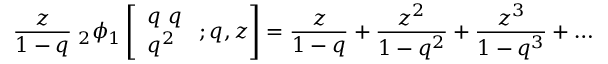
{ \frac { z } { 1 - q } } \; _ { 2 } \phi _ { 1 } \left[ { \begin{array} { l } { q \; q } \\ { q ^ { 2 } } \end{array} } \; ; q , z \right] = { \frac { z } { 1 - q } } + { \frac { z ^ { 2 } } { 1 - q ^ { 2 } } } + { \frac { z ^ { 3 } } { 1 - q ^ { 3 } } } + \ldots